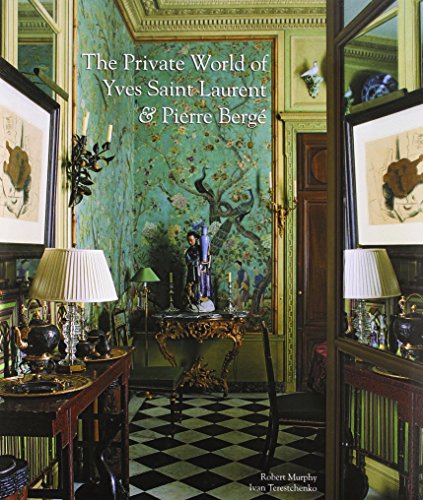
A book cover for The Private World of Yves Saint Laurent & Pierre Berge; Robert Murphy; Arts & Photography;